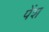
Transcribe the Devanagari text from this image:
पेंश